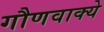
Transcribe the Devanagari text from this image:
गौणवाक्ये